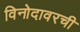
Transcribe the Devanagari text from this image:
विनोदावरची